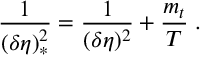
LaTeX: \frac { 1 } { ( \delta \eta ) _ { * } ^ { 2 } } = \frac { 1 } { ( \delta \eta ) ^ { 2 } } + \frac { m _ { t } } { T } \; .